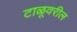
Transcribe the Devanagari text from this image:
टाळूवरील